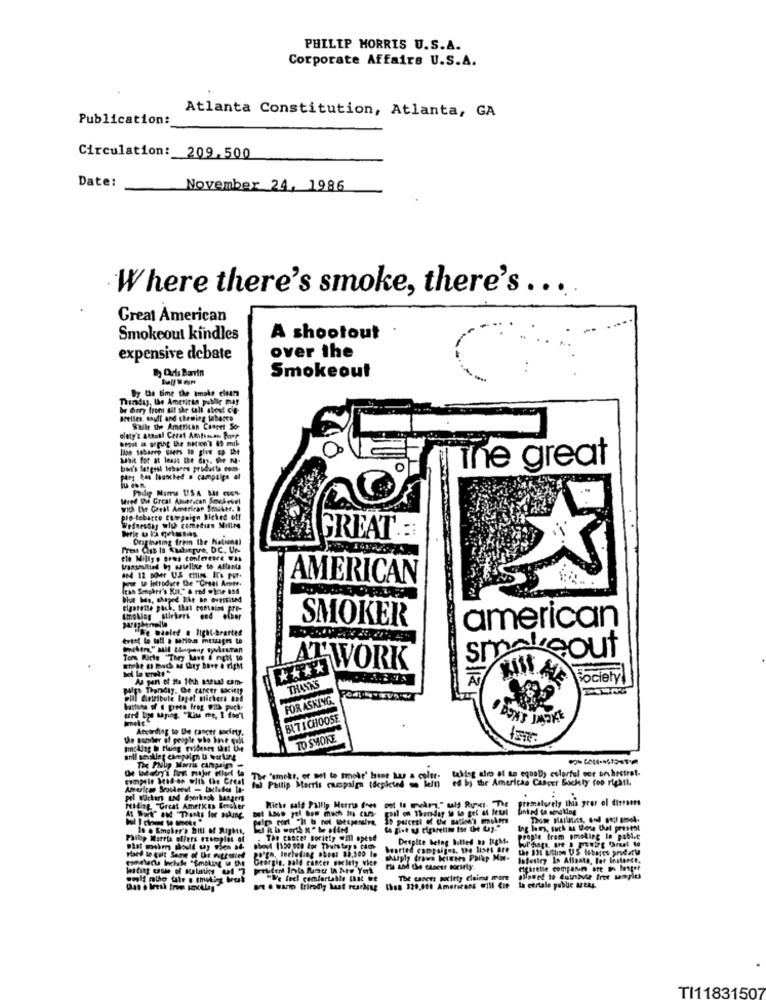
PHILIP MORRIS U.S.A.
Corporate Affairs U.S.A.
Publication:
Atlanta Constitution, Atlanta, GA
Circulation: 209.500
Date:
November 24, 1986
Where there's smoke, there's ...
Great American
Smokeout kindles
A shootout
expensive debate
over the
& Quots Barrin
Smokeout
By the time the smoke clears
Thendas, the American public mhar
br drry from all the uil about cie-
Belles, sault and cheming tobacco
Salle the American Cancer So-
llon sobarep Ghers In give Ep the
Wait for at 1nass the day, the na-
The great
bon's largest tebaere prodatta com-
para has launched . campaign el
with The Great American Smoker. b
pro tobacco Cutepoign kicked off
Wednesday why comedian Millre
Originating from the National
GREAT .::
ele Willys eres conleesre Was
AMERICAN
Itan Senpher's Kit." & red while 896
Dive ba, shaped Siht an ovettised
cigarette goch, that contains Fre-
Imoblog stickers end
SMOKER
american
evtat lo tall a Marion metrages to
Tom Riche "They Lave 6 mgtl to
**
-WORK
0/12
AL Society
pips Thendiy. Ge cancer society
THANKS
will dirtribute topel michers and
FOR ASKING
battues of @ preto freg With puck-
Imett
BL -7 1 CHOOSE
According to De cancer society.
the Bomber of people who have qol
TO SMOKE
anti sevikler enmegolgh U wer ling
taking afro af te equally colorful oce orchestret-
The 'smoke, or not to smoke' best buy a color:
ed by the Americas Caboer Bockty fon rightt.
Palp Morts campaign (depleted
Prematurely this yror ol ditrasts
felLing. "Great Ametkes Srecher
Hiche calf Fallly Herra fres oot Is metri," ulf Rux. The
coal on Thursday io lo gel at Betal
Linked to amating
At Work" and "Thanks for asking
In & Empher's bill of Rights,
Ing lama, such as these Out present
Philip Morris offers ezscaplos of
. The Cancer Borlety @Ill opend
Despite being butted ap light.
People from smoking In poblet
po'gn, Including about $3.500 Im
bearted campaigns. the Bises ore
Georgin, pald cancer society vice
Mulply draws kimtes Philp Mo-
laSestry In Afinata, For Instance.
ris and the claeer society-
Cphretie companies are in Inter
"Ve feel comfortable chat tre
The Lanets poritty claims mare
La etrtale public MeAg.
TI11831507